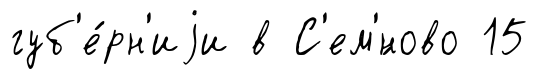
губ'е́рн'иjи в С'ем'́ново 15